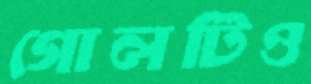
গোলটিও